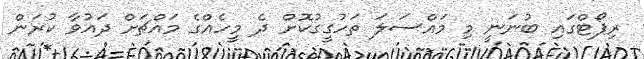
ރިޕޯޓްގައި ބުނަނީ މި މައްސަލަ ތަހުގީގުކޮށް ދެ މީހެއްގެ މައްޗަށް ދައުވާ ކުރަން